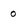
Character: 0